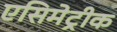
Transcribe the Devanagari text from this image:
एसिमेट्रीक